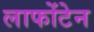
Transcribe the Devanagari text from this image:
लाफोंटेन